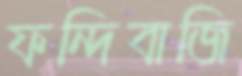
ফন্দিবাজি